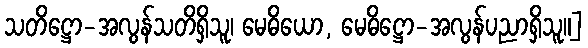
သတိဋ္ဌော-အလွန်သတိရှိသူ၊ မေဓိယော, မေဓိဋ္ဌော-အလွန်ပညာရှိသူ။]